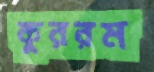
কুররম